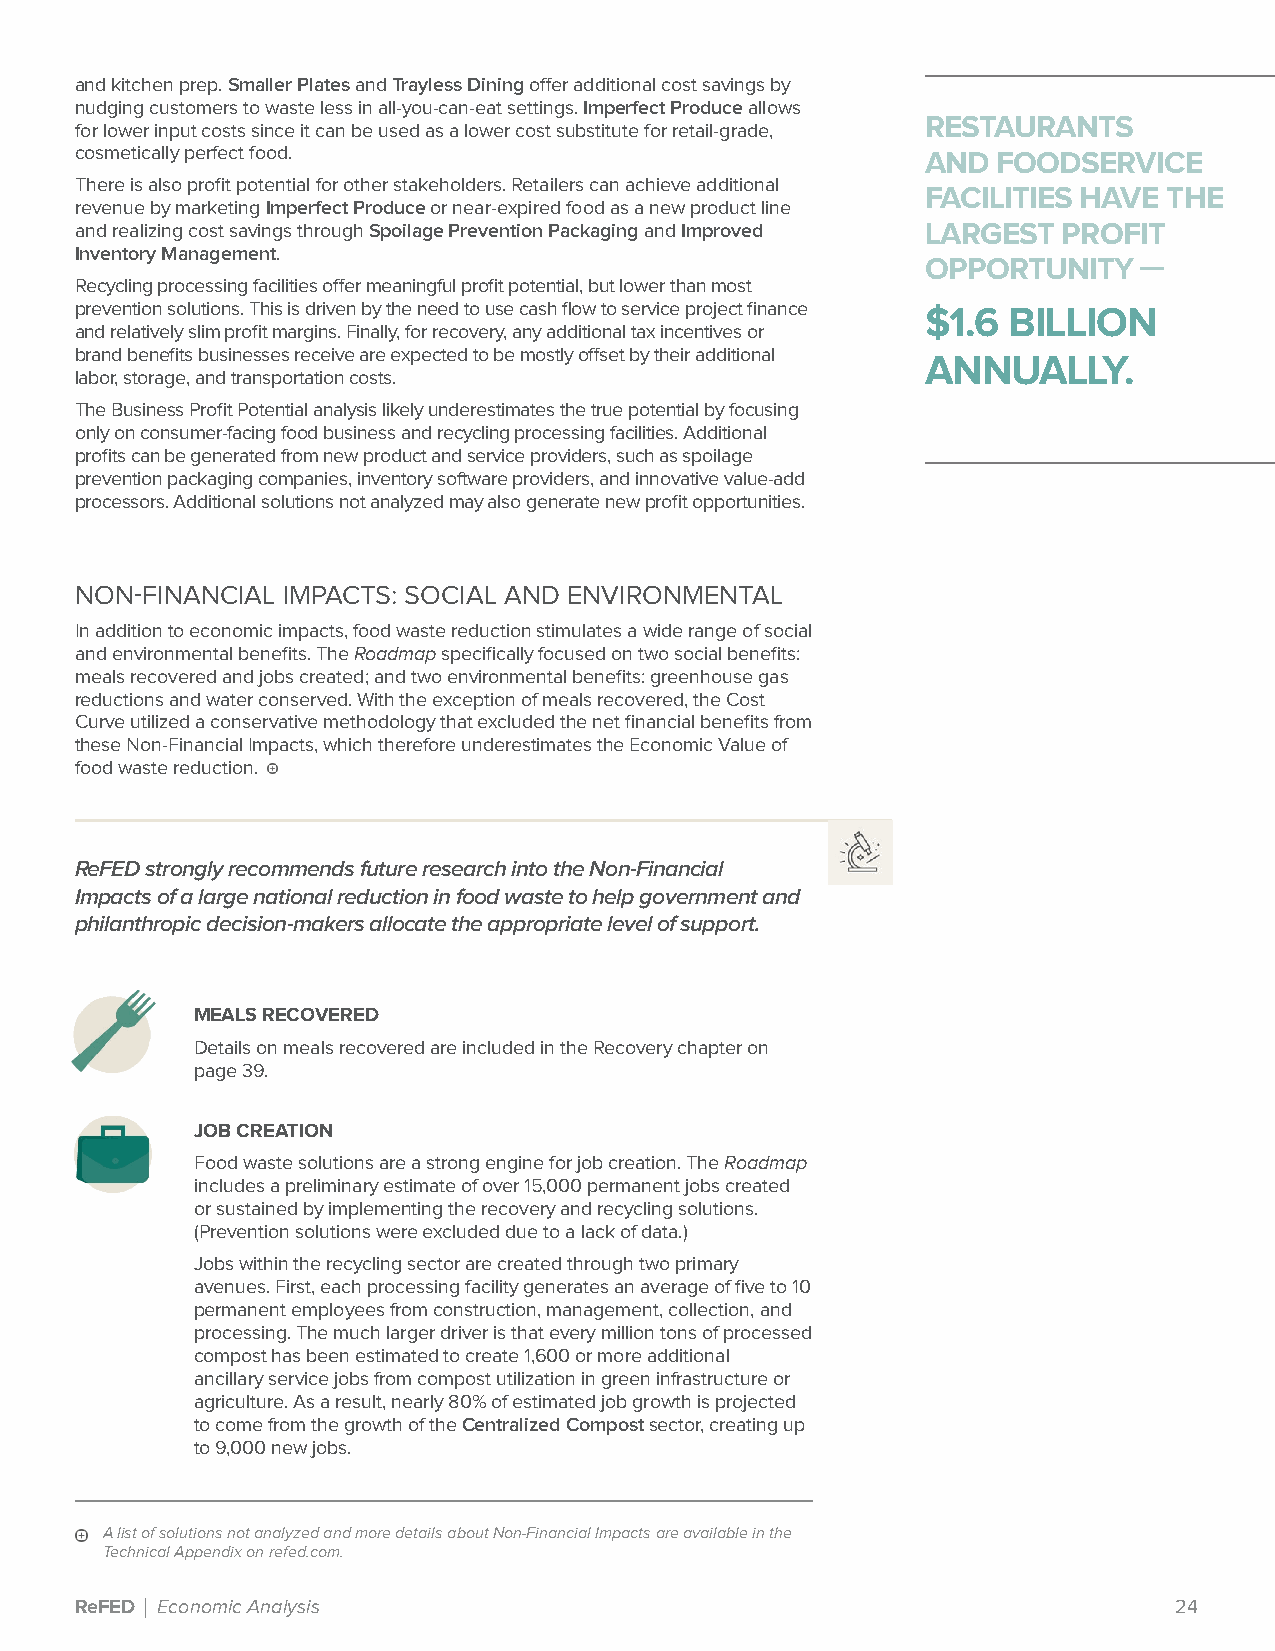
and kitchen prep. Smaller Plates and Trayless Dining offer additional cost savings by
 nudging customers to waste less in all-you-can-eat settings. Imperfect Produce allows
 RESTAURANTS
 for lower input costs since it can be used as a lower cost substitute for retail-grade,
 cosmetically perfect food.                              AND  FOODSERVICE
 There is also profit potential for other stakeholders. Retailers can achieve additional
 FACILITIES HAVE THE
 revenue by marketing Imperfect Produce or near-expired food as a new product line
 and realizing cost savings through Spoilage Prevention Packaging and Improved LARGEST PROFIT
 Inventory Management.
 OPPORTUNITY—
 Recycling processing facilities offer meaningful profit potential, but lower than most
 prevention solutions. This is driven by the need to use cash flow to service project finance $1.6 BILLION
 and relatively slim profit margins. Finally, for recovery, any additional tax incentives or
 brand benefits businesses receive are expected to be mostly offset by their additional
 ANNUALLY.
 labor, storage, and transportation costs.
 The Business Profit Potential analysis likely underestimates the true potential by focusing
 only on consumer-facing food business and recycling processing facilities. Additional
 profits can be generated from new product and service providers, such as spoilage
 prevention packaging companies, inventory software providers, and innovative value-add
 processors. Additional solutions not analyzed may also generate new profit opportunities.
 NON-FINANCIAL IMPACTS: SOCIAL AND ENVIRONMENTAL
 In addition to economic impacts, food waste reduction stimulates a wide range of social
 and environmental benefits. The Roadmap specifically focused on two social benefits:
 meals recovered and jobs created; and two environmental benefits: greenhouse gas
 reductions and water conserved. With the exception of meals recovered, the Cost
 Curve utilized a conservative methodology that excluded the net financial benefits from
 these Non-Financial Impacts, which therefore underestimates the Economic Value of
 food waste reduction.
 ReFED strongly recommends future research into the Non-Financial
 Impacts of a large national reduction in food waste to help government and
 philanthropic decision-makers allocate the appropriate level of support.
 MEALS RECOVERED
 Details on meals recovered are included in the Recovery chapter on
 page 39.
 JOB CREATION
 Food waste solutions are a strong engine for job creation. The Roadmap
 includes a preliminary estimate of over 15,000 permanent jobs created
 or sustained by implementing the recovery and recycling solutions.
 (Prevention solutions were excluded due to a lack of data.)
 Jobs within the recycling sector are created through two primary
 avenues. First, each processing facility generates an average of five to 10
 permanent employees from construction, management, collection, and
 processing. The much larger driver is that every million tons of processed
 compost has been estimated to create 1,600 or more additional
 ancillary service jobs from compost utilization in green infrastructure or
 agriculture. As a result, nearly 80% of estimated job growth is projected
 to come from the growth of the Centralized Compost sector, creating up
 to 9,000 new jobs.
 A list of solutions not analyzed and more details about Non-Financial Impacts are available in the
 Technical Appendix on refed.com.
 ReFED | Economic Analysis                                                24